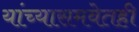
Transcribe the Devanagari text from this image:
यांच्यासमवेतही